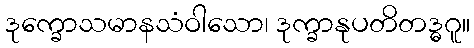
ဒုက္ခောသမာနသံဝါသော၊ ဒုက္ခာနုပတိတဒ္ဓဂူ။